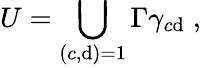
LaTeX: U=\bigcup_{(c,\mathrm{d})=1}\Gamma\gamma_{c\mathrm{d}}\; ,